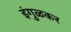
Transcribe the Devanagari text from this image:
इंगुळकर